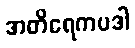
အတိရေကပဒါ